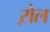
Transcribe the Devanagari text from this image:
ऱोल